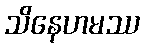
သိနေဟမဿ